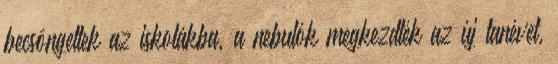
becsöngettek az iskolákba, a nebulók megkezdték az új tanévet,